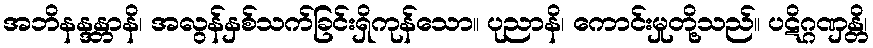
အဘိနန္ဒန္တာနိ၊ အလွန်နှစ်သက်ခြင်းရှိကုန်သော။ ပုညာနိ၊ ကောင်းမှုတို့သည်။ ပဋိဂ္ဂဏှန္တိ၊